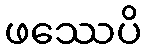
ဖဿေပိ